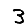
Digit: 3